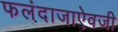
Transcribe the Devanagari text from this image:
फलंदाजाऐवजी